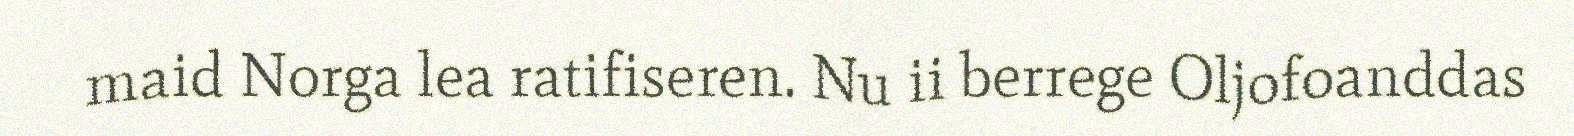
maid Norga lea ratifiseren. Nu ii berrege Oljofoanddas